Senior Leaving Certificate Examination (including Day School Certificate (Higher) General paper), 1947
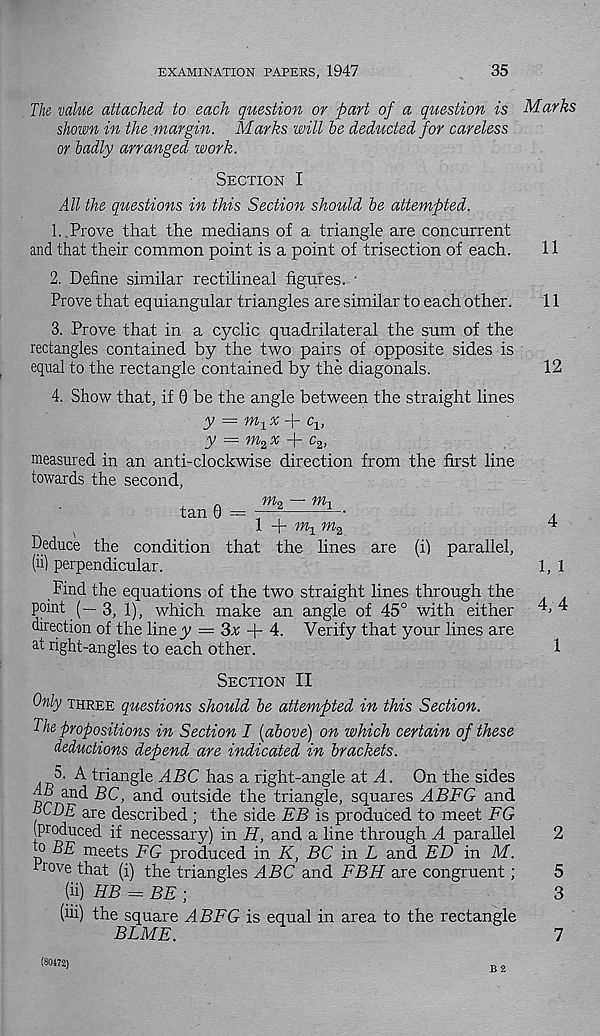
EXAMINATION PAPERS, 1947
35
Th value attached to each question or part of a question is
shown in the.mar gin. Marks will he deducted for careless
or badly arranged work.
Section I
All the questions in this Section should he attempted.
1. Prove that the medians of a triangle are concurrent
and that their common point is a point of trisection of each.
2. Define similar rectilineal figures. ‘
Prove that equiangular triangles are similar to each other.
3. Prove that in a cyclic quadrilateral the sum of the
rectangles contained by the two pairs of opposite sides is
equal to the rectangle contained by the diagonals.
4. Show that, if 0 be the angle between the straight lines
y = m^x -f- cq,
y — m z x -!- c 2 ,
measured in an anti-clockwise direction from the first line
towards the second,
1+7% m 2
Deduce the condition that the lines are (i) parallel,
(ii) perpendicular.
Find the equations of the two straight lines through the
point (—3, 1), which make an angle of 45° with either
direction of the line y = 3v + 4. Verify that your lines are
at right-angles to each other.
Section II
Only three questions should he attempted in this Section.
The propositions in Section I [above) on which certain of these
deductions depend are indicated in brackets.
5- A triangle ABC has a right-angle at A. On the sides
dS and BC, and outside the triangle, squares ABFG and
TCDE are described ; the side EB is produced to meet FG
(produced if necessary) in H, and a line through A parallel
o BE meets FG produced in K, BC in L and ED in M.
trove that (i) the triangles ABC and FBH are congruent;
(ii) HB = BE;
(iii) the square ABFG is equal in area to the rectangle
BLUE.
B 2
Marks
11
11
12
4
1, 1
4,4
1
2
5
3
7
(80172)